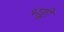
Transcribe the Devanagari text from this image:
भङ्की